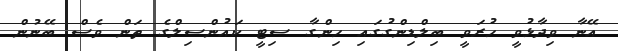
އޭނާ ވިދާޅުވީ ހުރަވީ ބިލްޑިންގުގައި ހިންގާ ސިޓީ ކައުންސިލްގެ ތަން ވެސް ބޭނުން